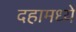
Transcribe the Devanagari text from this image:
दहामध्ये